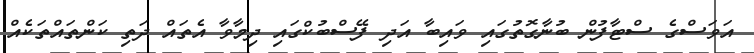
އަވަސްގެ ސްޓާފުން ބުނާގޮތުގައި ވައިބާ އަދި ފޭސްބުކްގައި ދިމާވާ އެތައް ދަތި ކަންތައްތަކެއް